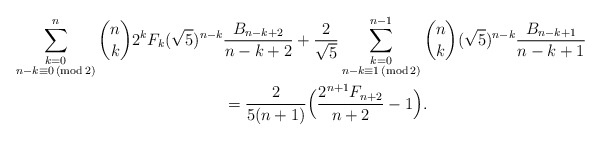
\begin{align*}\sum_{\substack{k=0 \\ n - k \equiv 0 \,(\mathrm {mod} \,2)}}^n \binom{n}{k} 2^k F_{k} (\sqrt{5})^{n-k} &\frac{B_{n-k+2}}{n-k+2} + \frac{2}{\sqrt{5}} \sum_{\substack{k=0 \\ n - k \equiv 1 \,(\mathrm {mod} \,2)}}^{n-1} \binom{n}{k} (\sqrt{5})^{n-k} \frac{B_{n-k+1}}{n-k+1}\\& = \frac{2}{5(n+1)}\Big ( \frac{2^{n+1}F_{n+2}}{n+2} - 1 \Big ).\end{align*}